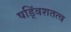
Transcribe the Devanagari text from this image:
षड्विंशतत्व